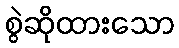
စွဲဆိုထားသော